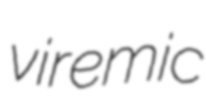
viremic